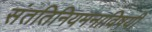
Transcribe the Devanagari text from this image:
संततिनियमनाविषयी